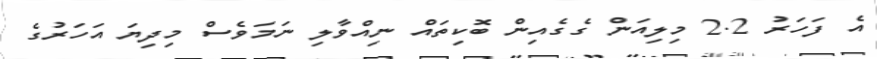
އެ ފަހަރު 2.2 މިލިއަން ގެގެއިން ބޮކިތައް ނިއްވާލި ނަމަވެސް މިދިޔަ އަހަރުގެ